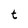
Character: t